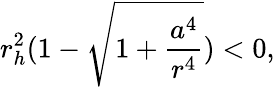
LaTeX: r_{h}^{2}(1-\sqrt{1+\frac{a^{4}}{r^{4}}})<0,